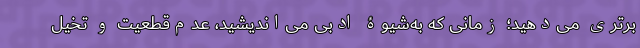
برتری می‌دهید؛ زمانی که به‌شیوۀ ادبی می‌اندیشید، عدم‌قطعیت و تخیل